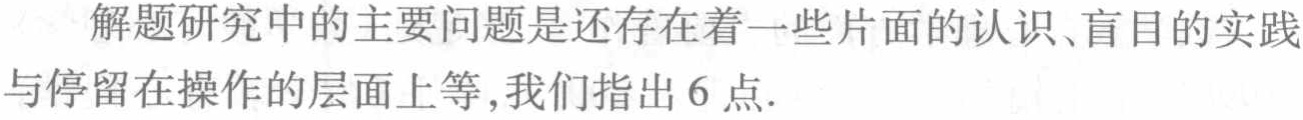
解题研究中的主要问题是还存在着一些片面的认识、盲目的实践与停留在操作的层面上等,我们指出 6 点.